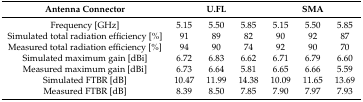
| Antenna Connector | <COLSPAN=3> U.FL | <COLSPAN=3> SMA |
 | --- | --- | --- | --- | --- | --- | --- |
 | Frequency [GHz] | 5.15 | 5.50 | 5.85 | 5.15 | 5.50 | 5.85 |
 | Simulated total radiation efficiency [%] | 91 | 89 | 82 | 90 | 92 | 87 |
 | Measured total radiation efficiency [%] | 94 | 90 | 74 | 92 | 90 | 70 |
 | Simulated maximum gain [dBi] | 6.72 | 6.83 | 6.62 | 6.71 | 6.79 | 6.60 |
 | Measured maximum gain [dBi] | 6.73 | 6.64 | 5.81 | 6.65 | 6.66 | 5.59 |
 | Simulated FTBR [dB] | 10.47 | 11.99 | 14.38 | 10.09 | 11.65 | 13.69 |
 | Measured FTBR [dB] | 8.39 | 8.50 | 7.85 | 7.90 | 7.97 | 7.93 |